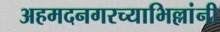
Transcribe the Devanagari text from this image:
अहमदनगरच्याभिल्लांनी